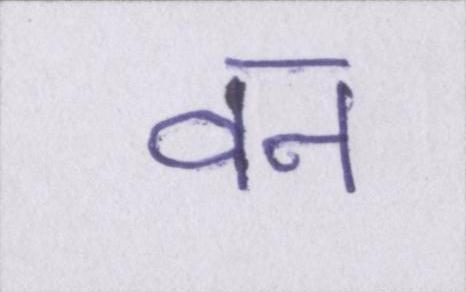
वन